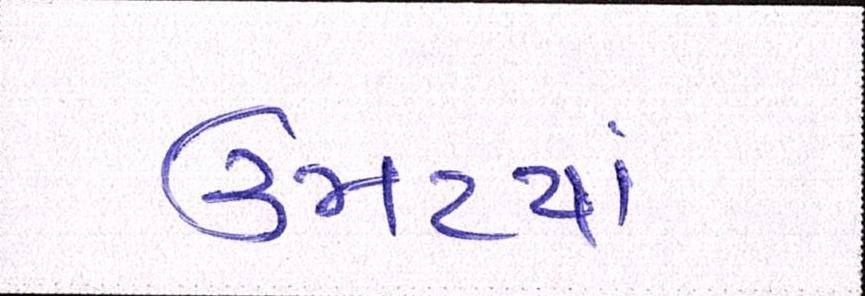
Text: ઉમટયાં